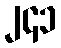
၂၄၁